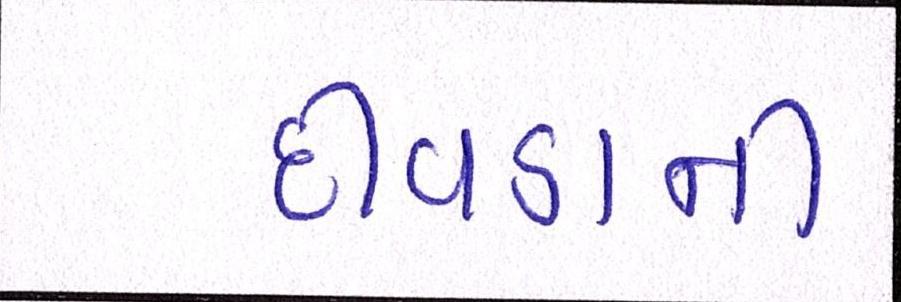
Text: દીવડાની